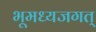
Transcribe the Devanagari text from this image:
भूमध्यजगत्‌